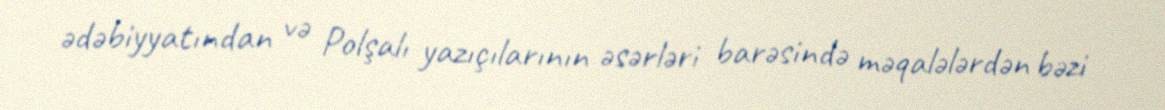
ədəbiyyatından və Polşalı yazıçılarının əsərləri barəsində məqalələrdən bəzi